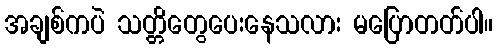
အချစ်ကပဲ သတ္တိတွေပေးနေသလား မပြောတတ်ပါ။